Leaving Certificate Examination (including Day School Certificate (Higher) General paper), 1936
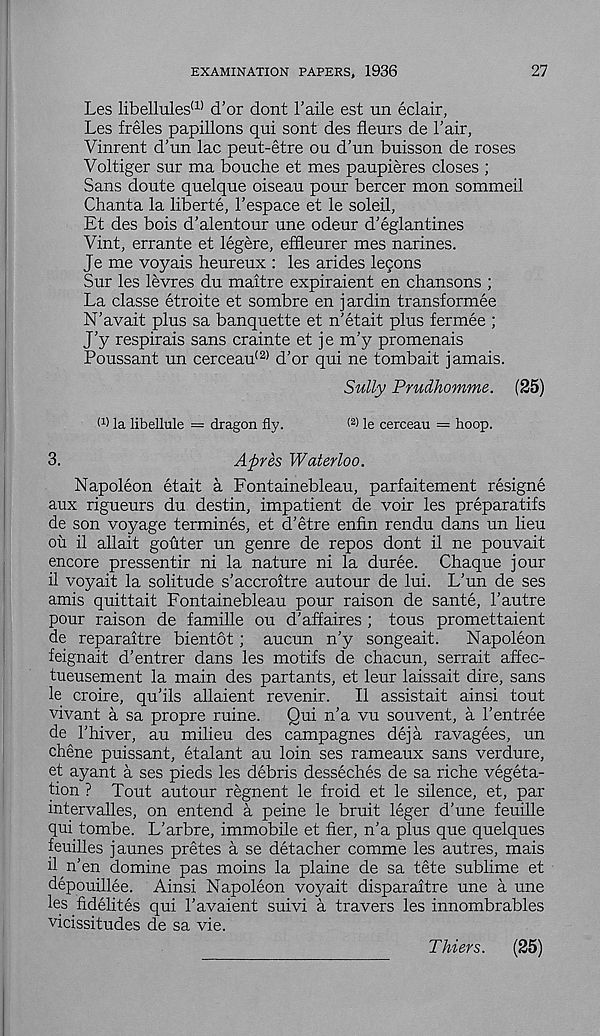
EXAMINATION PAPERS, 1936
27
Les libell'ules (1, d’or dont 1’aile est un eclair,
Les freles papillons qui sont des fleurs de I’air,
Vinrent d’un lac peut-etre ou d’un buisson de roses
Voltiger sur ma bouche et mes paupieres closes ;
Sans doute quelque oiseau pour bercer mon sommeil
Chanta la liberte, I’espace et le soleil,
Et des bois d’alentour une odeur d'eglantines
Vint, errante et legere, effleurer mes narines.
Je me voyais heureux : les arides legons
Sur les levres du maitre expiraient en chansons ;
La classe etroite et sombre en jardin transformee
N’avait plus sa banquette et n'etait plus fermee ;
J’y respirais sans crainte et je m’y promenais
Poussant un cerceau (2) d’or qui ne tombait jamais.
Sully Prudhomme. (25)
W la libelhile = dragon fly.
( 2 > le cerceau = hoop.
3.
Apres Waterloo.
Napoleon etait a Fontainebleau, parfaitement resigne
aux rigueurs du destin, impatient de voir les preparatifs
de son voyage termines, et d’etre enfin rendu dans un lieu
ou il allait godter un genre de repos dont il ne pouvait
encore pressentir ni la nature ni la duree. Chaque jour
il voyait la solitude s’accroitre autour de lui. L’un de ses
amis quittait Fontainebleau pour raison de sante, 1’autre
pour raison de famille ou d’affaires ; tous promettaient
de reparaitre bientot; aucun n’y songeait. Napoleon
feignait d’entrer dans les motifs de chacun, serrait affec-
tueusement la main des partants, et leur laissait dire, sans
le croire, qu’ils allaient revenir. Il assistait ainsi tout
vivant a sa propre ruine. Qui n’a vu souvent, a 1’entree
de 1’hiver, au milieu des campagnes deja ravagees, un
chene puissant, etalant au loin ses rameaux sans verdure,
et ayant a ses pieds les debris desseches de sa riche vegeta-
tion ? Tout autour regnent le froid et le silence, et, par
intervalles, on entend a peine le bruit leger d’une feuille
qui tombe. L’arbre, immobile et her, n’a plus que quelques
feuilles jaunes pretes a se detacher comme les autres, mais
il n’en domine pas moins la plaine de sa tete sublime et
depouillee. Ainsi Napoleon voyait disparaitre une a une
les fidelites qui 1’avaient suivi a travers les innombrables
vicissitudes de sa vie.
Thiers. (25)